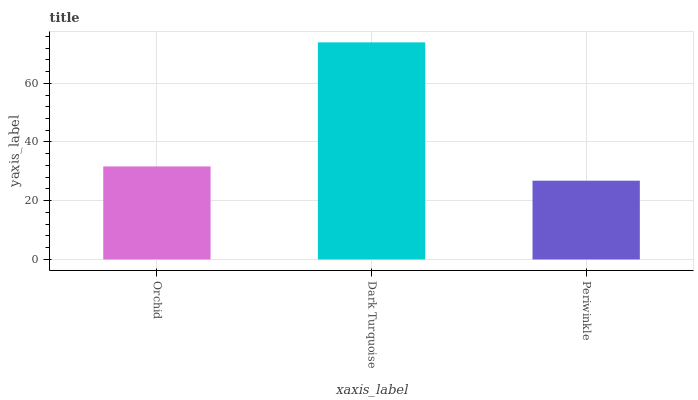
| xaxis_label | bars |
 | --- | --- |
 | Orchid | 31.7 |
 | Dark Turquoise | 73.9 |
 | Periwinkle | 26.8 |